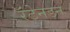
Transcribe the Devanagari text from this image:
रॅटेनडन